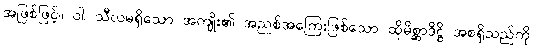
အဖြစ်ဖြင့်။ ဝါ၊ သီလမရှိသော အကျိုး၏ အညစ်အကြေးဖြစ်သော ထိုမိစ္ဆာဒိဋ္ဌိ အစရှိသည်ကို